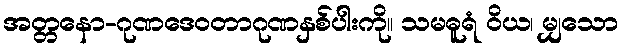
အတ္တနော-ဂုဏဒေဝတာဂုဏနှစ်ပါးကို။ သမဓူရံ ဝိယ၊ မျှသော